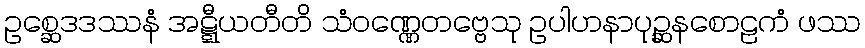
ဥစ္ဆေဒဒဿနံ အဋ္ဋီယတီတိ သံဝဏ္ဏေတဗ္ဗေသု ဥပါဟနာပုဉ္ဆနစောဠကံ ဖဿ